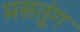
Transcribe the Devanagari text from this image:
मसतूंग